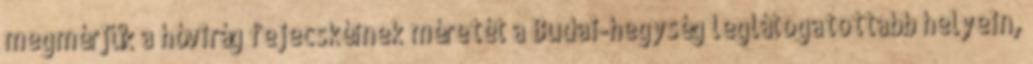
megmérjük a hóvirág fejecskéinek méretét a Budai-hegység leglátogatottabb helyein,